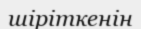
шіріткенін